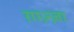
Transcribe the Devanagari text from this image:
ग़ाज़्ज़ा